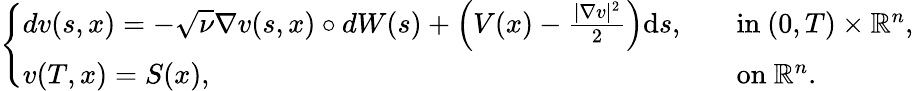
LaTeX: \begin{array}{r}{\left\{ \begin{array}{ll}{dv(s,x)=-\sqrt{\nu}\nabla v(s,x)\circ dW(s)+\left(V(x)-\frac{|\nabla v|^{2}}{2}\right)\mathrm{d}s,\quad}&{\mathrm{in~}(0,T)\times\mathbb{R}^{n},}\\ {v(T,x)=S(x),}&{\mathrm{on~}\mathbb{R}^{n}.}\end{array}\right.}\end{array}